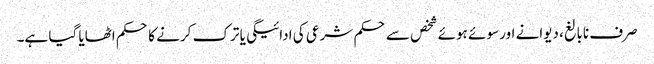
صرف نابالغ، دیوانے اور سوئے ہوئے شخص سے حکم شرعی کی ادائیگی یا ترک کرنے کا حکم اٹھایا گیا ہے۔